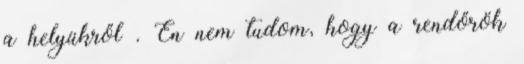
a helyükről . Én nem tudom, hogy a rendőrök